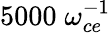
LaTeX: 5000\; \omega_{ce}^{-1}